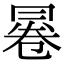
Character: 㒽